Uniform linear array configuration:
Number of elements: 48
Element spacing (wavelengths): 0.75
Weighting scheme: cosine
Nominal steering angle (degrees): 45
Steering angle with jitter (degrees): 45.554
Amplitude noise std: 0.05
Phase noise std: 0.05

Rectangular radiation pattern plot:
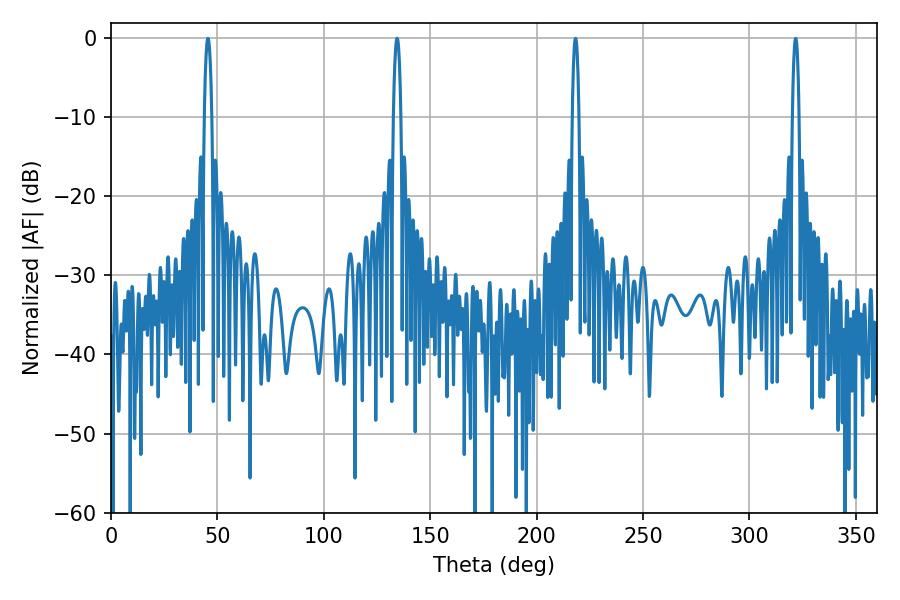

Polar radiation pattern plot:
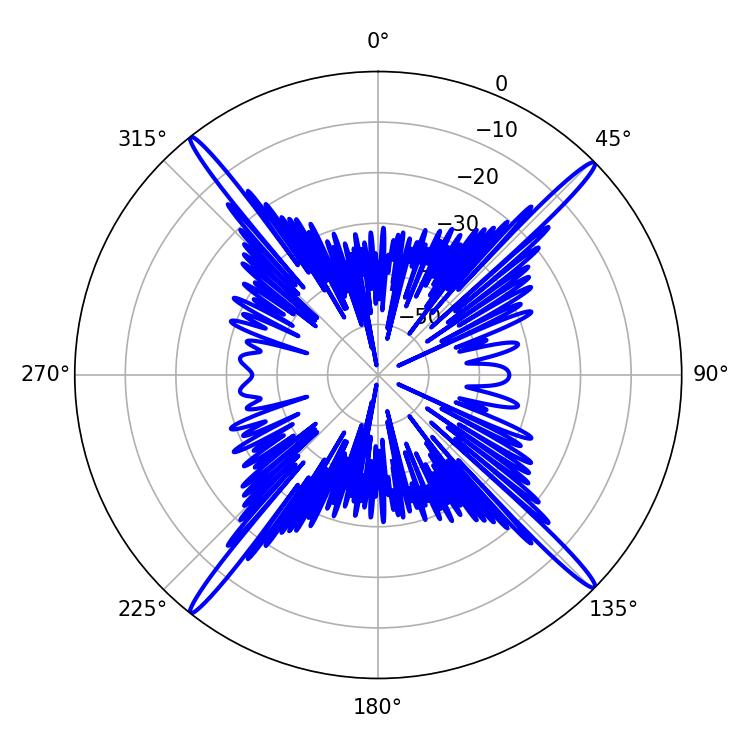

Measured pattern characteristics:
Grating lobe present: TRUE
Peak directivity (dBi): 21.965
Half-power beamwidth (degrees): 1.8
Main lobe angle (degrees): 45.54